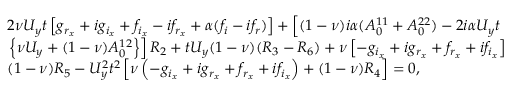
\begin{array} { r l } & { 2 \nu U _ { y } t \left[ g _ { r _ { x } } + i g _ { i _ { x } } + f _ { i _ { x } } - i f _ { r _ { x } } + \alpha ( f _ { i } - i f _ { r } ) \right] + \left[ ( 1 - \nu ) i \alpha ( A _ { 0 } ^ { 1 1 } + A _ { 0 } ^ { 2 2 } ) - 2 i \alpha U _ { y } t \right. } \\ & { \left. \left\{ \nu U _ { y } + ( 1 - \nu ) A _ { 0 } ^ { 1 2 } \right\} \right] R _ { 2 } + t U _ { y } ( 1 - \nu ) ( R _ { 3 } - R _ { 6 } ) + \nu \left[ - g _ { i _ { x } } + i g _ { r _ { x } } + f _ { r _ { x } } + i f _ { i _ { x } } \right] } \\ & { ( 1 - \nu ) R _ { 5 } - U _ { y } ^ { 2 } t ^ { 2 } \left[ \nu \left( - g _ { i _ { x } } + i g _ { r _ { x } } + f _ { r _ { x } } + i f _ { i _ { x } } \right) + ( 1 - \nu ) R _ { 4 } \right] = 0 , } \end{array}